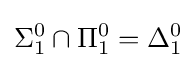
\Sigma _{1}^{0}\cap \Pi _{1}^{0}=\Delta _{1}^{0}